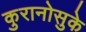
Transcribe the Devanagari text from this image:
कुरानोसुके